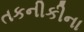
તકનીકીના